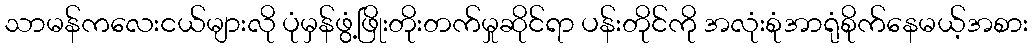
သာမန်ကလေးငယ်များလို ပုံမှန်ဖွံ့ဖြိုးတိုးတက်မှုဆိုင်ရာ ပန်းတိုင်ကို အလုံးစုံအာရုံစိုက်နေမယ့်အစား